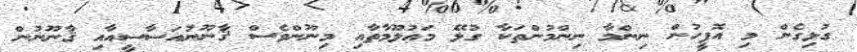
ގުޅިގެން މި އޮފީހުން ނިންމާ ނިންމުންތަކާ ގުޅޭ މަޢުލޫމާތާއި މިނޫންވެސް ޤާނޫނުއަސާސީއާއި ޤާނޫނުން